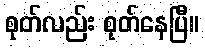
စုတ်လည်း စုတ်နေပြီ။